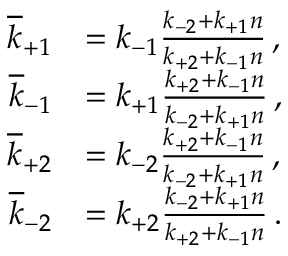
\begin{array} { r l } { \overline { { k } } _ { + 1 } } & { = k _ { - 1 } \frac { k _ { - 2 } + k _ { + 1 } n } { k _ { + 2 } + k _ { - 1 } n } \, , } \\ { \overline { { k } } _ { - 1 } } & { = k _ { + 1 } \frac { k _ { + 2 } + k _ { - 1 } n } { k _ { - 2 } + k _ { + 1 } n } \, , } \\ { \overline { { k } } _ { + 2 } } & { = k _ { - 2 } \frac { k _ { + 2 } + k _ { - 1 } n } { k _ { - 2 } + k _ { + 1 } n } \, , } \\ { \overline { { k } } _ { - 2 } } & { = k _ { + 2 } \frac { k _ { - 2 } + k _ { + 1 } n } { k _ { + 2 } + k _ { - 1 } n } \, . } \end{array}